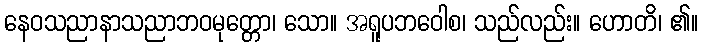
နေဝသညာနာသညာဘဝမုတ္တော၊ သော။ အရူပဘဝေါစ၊ သည်လည်း။ ဟောတိ၊ ၏။